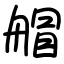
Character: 艒